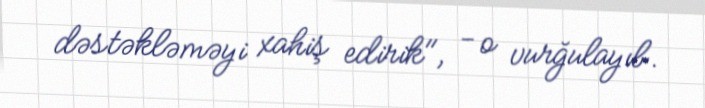
dəstəkləməyi xahiş edirik", - o vurğulayıb.